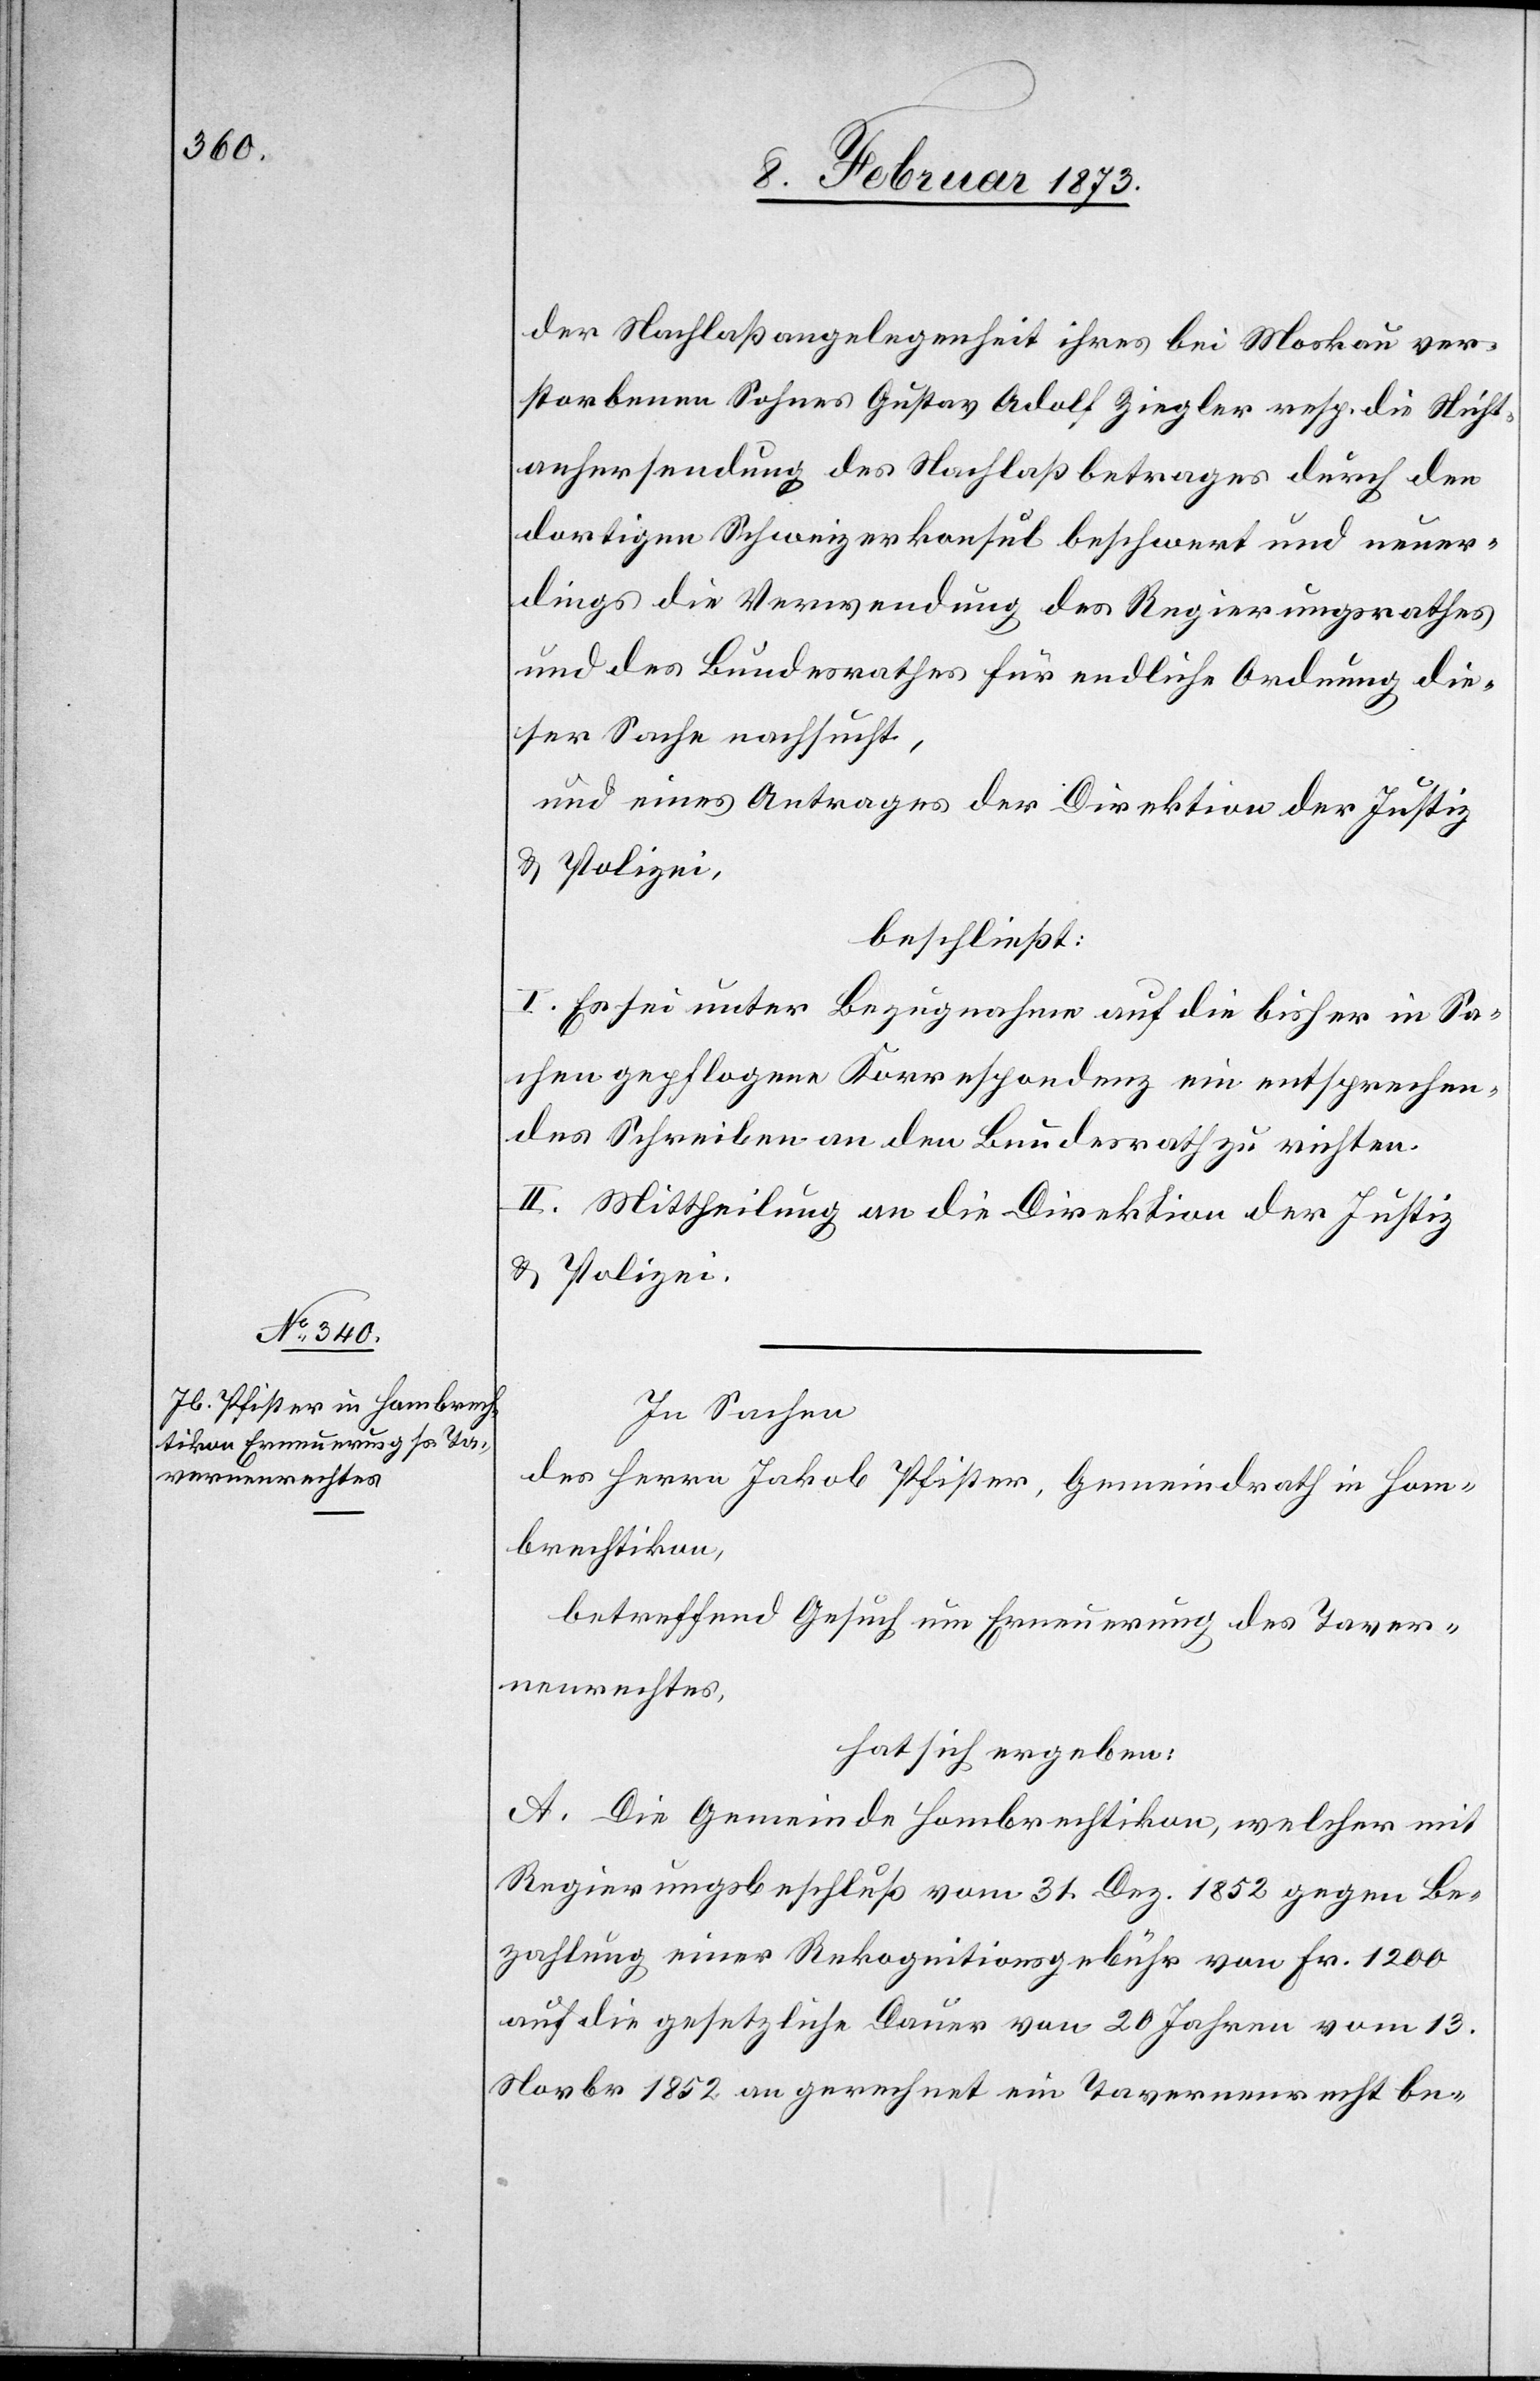
der Nachlaßangelegenheit ihres bei Moskau ver¬
storbenen Sohnes Gustav Adolf Ziegler resp. die Nicht¬
anhersendung des Nachlaßbetrages durch den
dortigen Schweizerkonsul beschwert und neuer¬
dings die Verwendung des Regierungsrathes
und des Bundesrathes für endliche Ordnung die¬
ser Sache nachsucht,
und eines Antrages der Direktion der Justiz
u. Polizei,
beschließt:
I. Es sei unter Bezugnahme auf die bisher in Sa¬
chen gepflogene Korrespondenz ein entsprechen¬
des Schreiben an den Bundesrath zu richten.
II. Mittheilung an die Direktion der Justiz
u. Polizei.
In Sachen
des Herrn Jakob Pfister, Gemeindrath in Hom¬
brechtikon,
betreffend Gesuch um Erneuerung des Taver¬
nenrechtes,
hat sich ergeben:
A. Die Gemeinde Hombrechtikon, welcher mit
Regierungsbeschluß vom 31. Dez. 1852 gegen Be¬
zahlung einer Rekognitionsgebühr von Fr. 1200
auf die gesetzliche Dauer von 20 Jahren vom 13.
Novbr 1852 an gerechnet ein Tavernenrecht be-